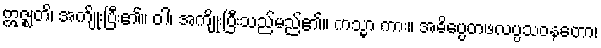
ဣဇ္ဈတိ၊ အကျိုးပြီး၏။ ဝါ၊ အကျိုးပြီးသည်မည်၏။ ကသ္မာ ကား။ အဓိပ္ပေတဖလပ္ပသဝနတော၊